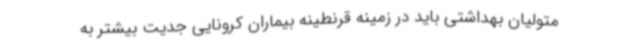
متولیان بهداشتی باید در زمینه قرنطینه بیماران کرونایی جدیت بیشتر به